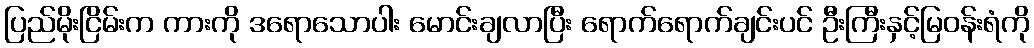
ပြည်မိုးငြိမ်းက ကားကို ဒရောသောပါး မောင်းချလာပြီး ရောက်ရောက်ချင်းပင် ဦးကြီးနှင့်မြဝန်းရံကို